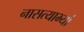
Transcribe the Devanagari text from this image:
नासत्याभ्यां